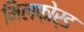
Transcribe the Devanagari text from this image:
मिलफ़ोर्ड